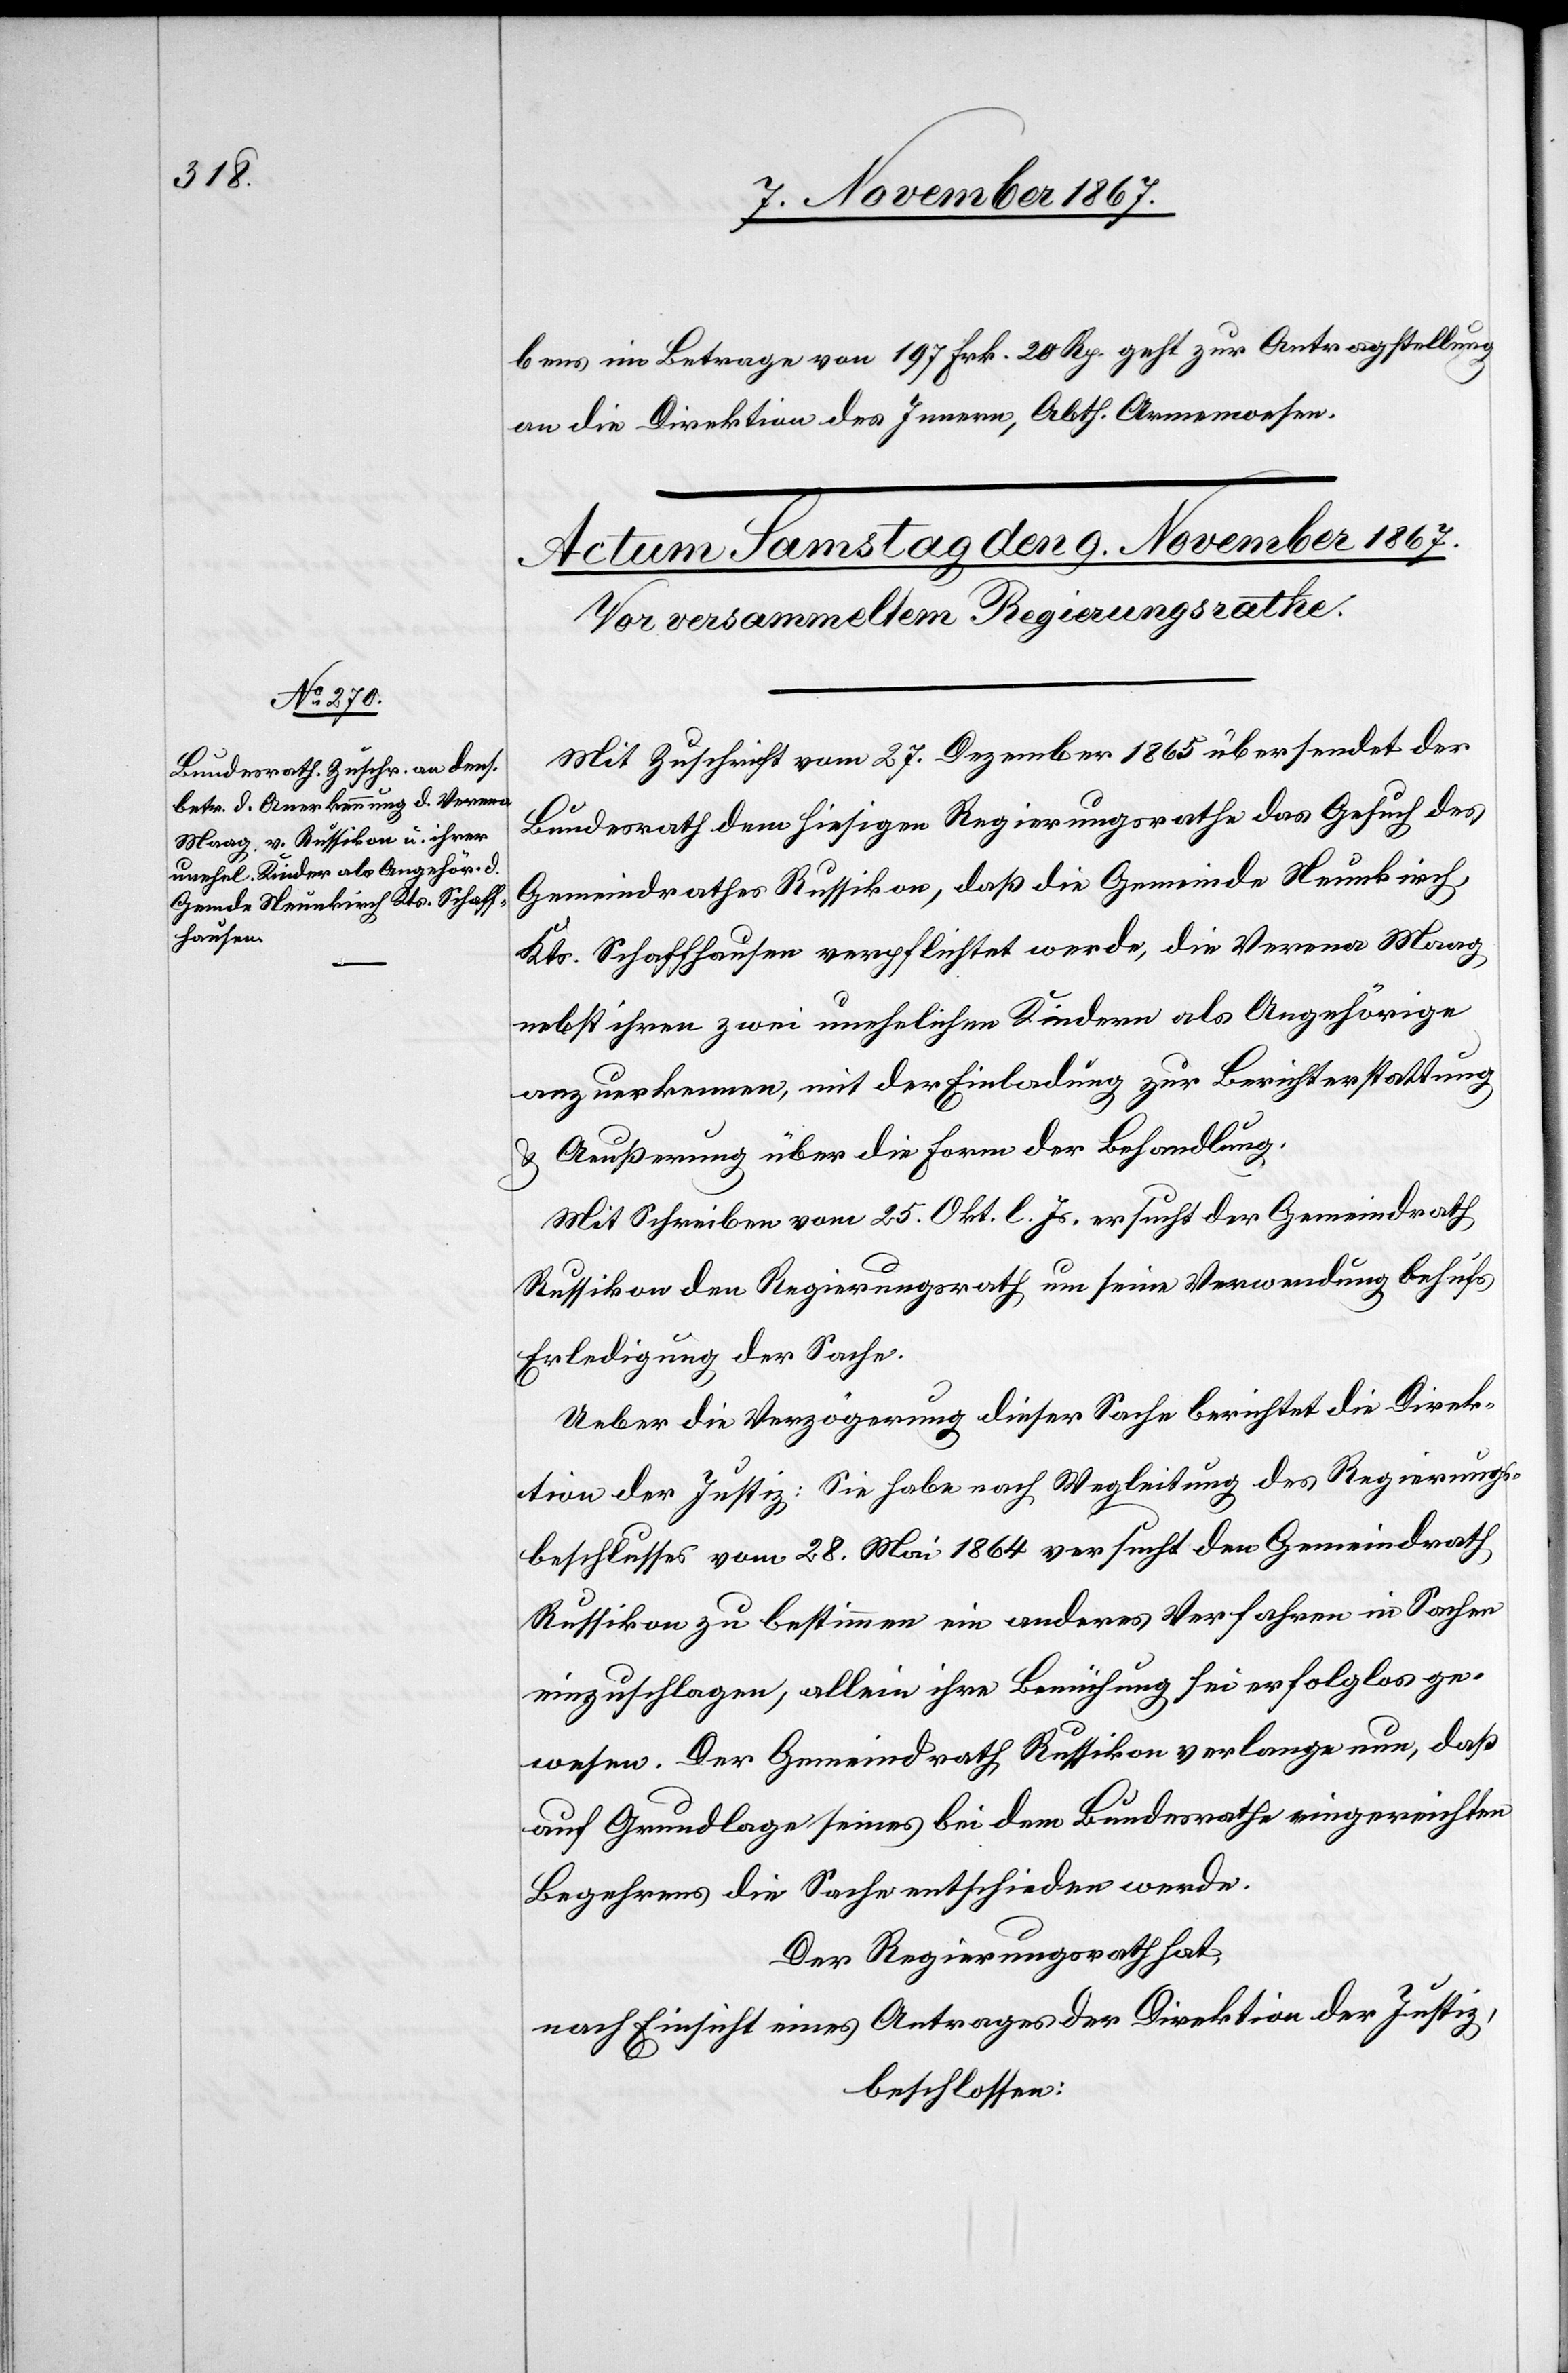
rathes

bens im Betrage von 197 Frk. 20 Rp. geht zur Antragstellung
an die Direktion des Innern, Abth. Armenwesen.
dem hiesigen Regierungsrathe
Mit Zuschrift vom 27. Dezember 1865 übersendet der
Gemeindrathes Russikon, daß die Gemeinde Neunkirch,
Kts. Schaffhausen verpflichtet werden, die Verena Maag,
nebst ihren zwei unehelichen Kindern als Angehörige
anzuerkennen, mit der Einladung zur Berichterstattung
z. Aeußerung über die Form der Behandlung.
Mit Schreiben vom 25. Okt. l. Js. ersucht der Gemeindrath
Russikon den Regierungsrath um seine Verwendung behufs
Erledigung der Sache.
Ueber die Verzögerung dieser Sache berichtet die Direk¬
tion der Justiz. Sie habe nach Wegleitung des Regierungs¬
Russikon zu bestimmen ein anderes Verfahren in Sachen
einzuschlagen, allein ihre Bemühung sei erfolglos ge¬
wesen. Der Gemeindrath Russikon verlange nun, daß
auf Grundlage seines bei dem Bundesrathe eingereichten
Begehrens die Sache entschieden werde.
Der Regierungsrath hat,
nach Einsicht eines Antrages der Direktion der Justiz;
beschlossen: